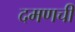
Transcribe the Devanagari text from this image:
दमणची